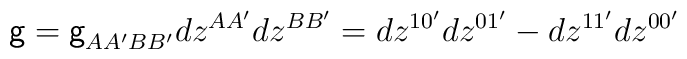
\mbox{\sf g}=\mbox{\sf g}_{AA^{\prime}BB^{\prime}}dz^{AA^{\prime}}dz^{BB^{\prime}}=dz^{10^{\prime}} dz^{01^{\prime}}-dz^{11^{\prime}}dz^{00^{\prime}}